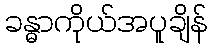
ခန္ဓာကိုယ်အပူချိန်